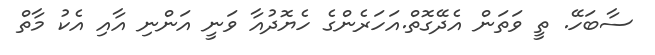
ސާބަހޭ. ތީ ވަތަން އެދޭގޮތް.އަހަރެންގެ ހެޔޮދުއާ ވަނީ އަންނި އާއި އެކު މާތް